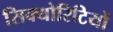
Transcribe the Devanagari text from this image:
सिक्योरिटियों